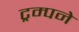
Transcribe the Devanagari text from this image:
ट्रम्पने